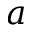
a